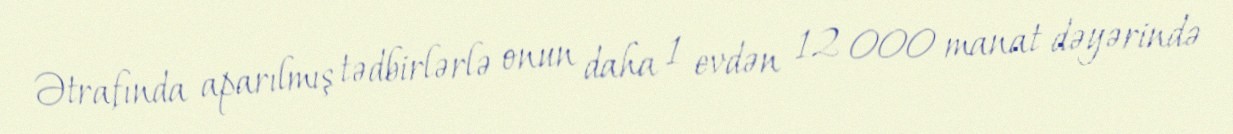
Ətrafında aparılmış tədbirlərlə onun daha 1 evdən 12 000 manat dəyərində